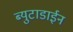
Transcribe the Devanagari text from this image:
ब्युटाडाईन